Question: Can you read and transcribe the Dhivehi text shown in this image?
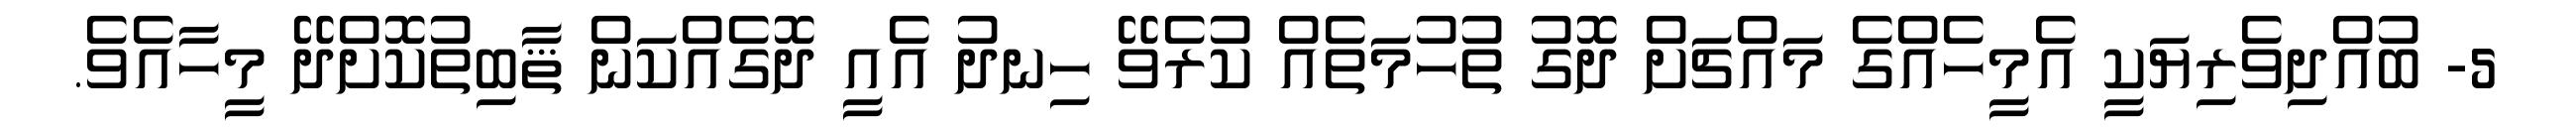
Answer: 5- ބުއްދިވެރިޔަކީ އެމީހެއްގެ މައްޗަށް ދޮގު ތުހުމަތެއް ކުރެވޭ ހިނދު އެއީ ދޮގެއްކަން ޘާބިތުކޮށްދޭ މީހާއެވެ.